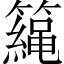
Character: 𥶀